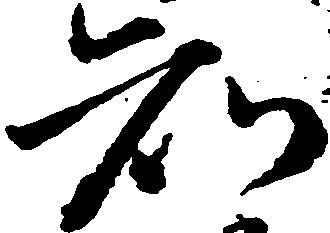
知